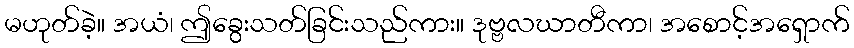
မဟုတ်ခဲ့။ အယံ၊ ဤခွေးသတ်ခြင်းသည်ကား။ ဒုဗ္ဗလဃာတီကာ၊ အစောင့်အရှောက်